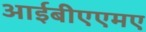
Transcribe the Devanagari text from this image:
आईबीएएमए